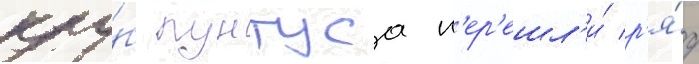
клу́б пунтуса п'ер'ешл'и́ р'я́д